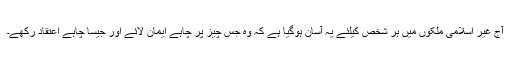
آج غیر اسلامى ملکوں میں ہر شخص کیلئے یہ آسان ہوگیا ہے کہ وه جس چیز پر چاہے ایمان لائے اور جیسا چاہے اعتقاد رکهے۔